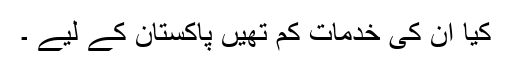
کیا ان کی خدمات کم تھیں پاکستان کے لیے ۔